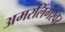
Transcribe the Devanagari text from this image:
अमरलिंगेश्‍वर